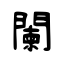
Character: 闌